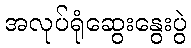
အလုပ်ရုံဆွေးနွေးပွဲ